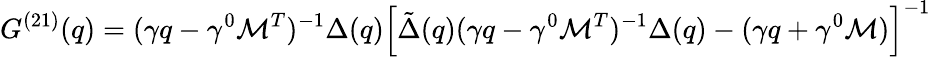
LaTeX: G^{(21)}(q)=(\gamma q-\gamma^{0}{\cal M}^{T})^{-1}\Delta(q)\left[{\tilde{\Delta}}(q)(\gamma q-\gamma^{0}{\cal M}^{T})^{-1}\Delta(q)-(\gamma q+\gamma^{0}{\cal M})\right]^{-1}